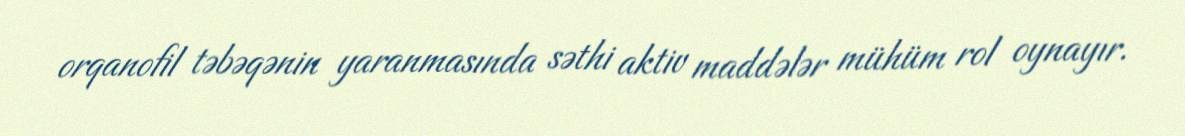
orqanofil təbəqənin yaranmasında səthi aktiv maddələr mühüm rol oynayır.